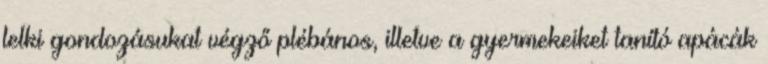
lelki gondozásukat végző plébános, illetve a gyermekeiket tanító apácák